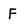
Character: F